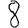
Digit: 8